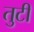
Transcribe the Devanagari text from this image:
तुटी